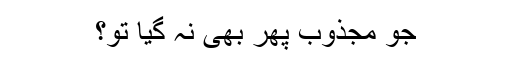
جو مجذوب پھر بھی نہ گیا تو؟